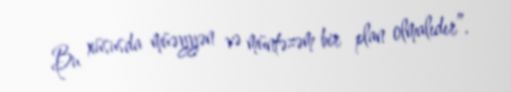
Bu xüsusda müəyyən və müntəzəm bir plan olmalıdır”.